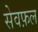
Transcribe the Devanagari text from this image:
सेवफ़ल